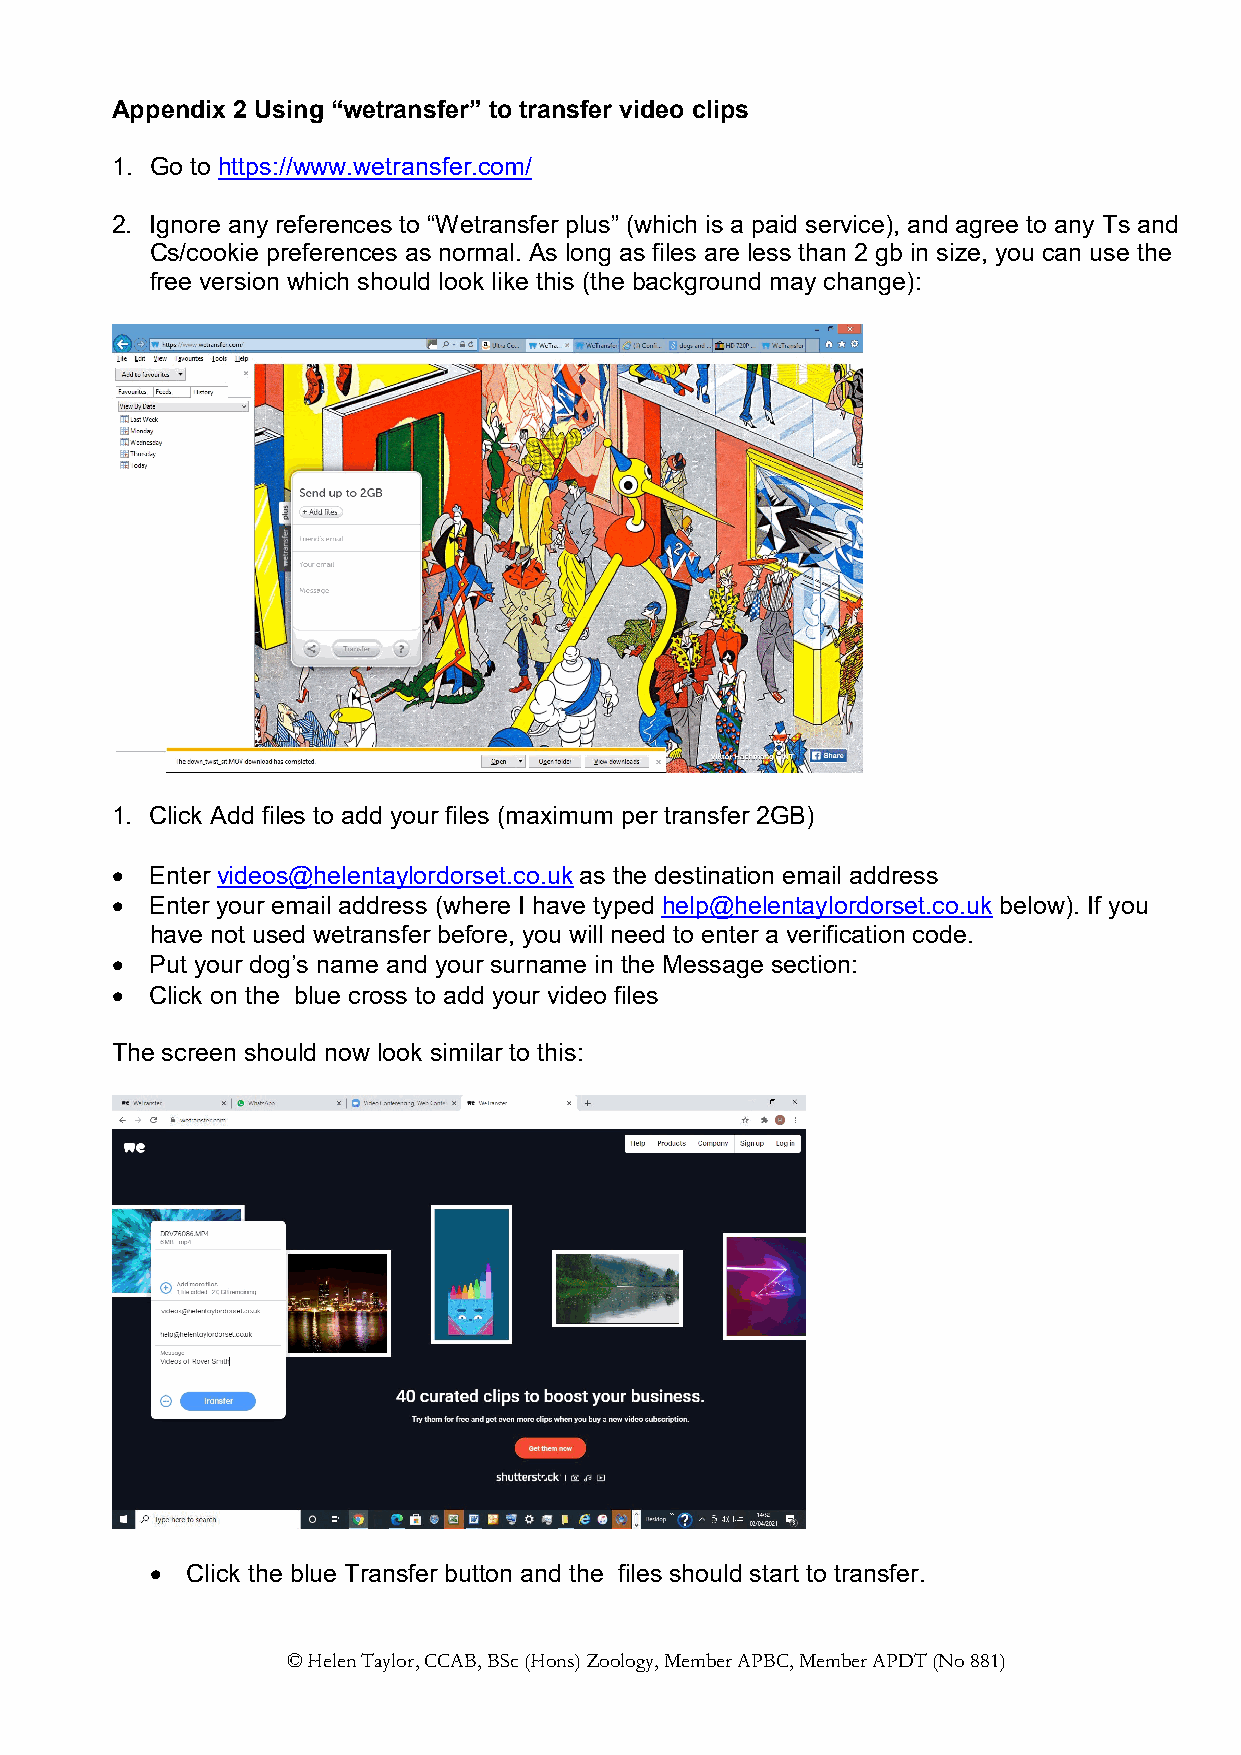
Appendix 2 Using “wetransfer” to transfer video clips
 1. Go to https://www.wetransfer.com/
 2. Ignore any references to “Wetransfer plus” (which is a paid service), and agree to any Ts and
 Cs/cookie preferences as normal. As long as files are less than 2 gb in size, you can use the
 free version which should look like this (the background may change):
 1. Click Add files to add your files (maximum per transfer 2GB)
   Enter videos@helentaylordorset.co.uk as the destination email address
   Enter your email address (where I have typed help@helentaylordorset.co.uk below). If you
 have not used wetransfer before, you will need to enter a verification code.
   Put your dog’s name and your surname in the Message section:
   Click on the blue cross to add your video files
 The screen should now look similar to this:
  Click the blue Transfer button and the files should start to transfer.
 © Helen Taylor, CCAB, BSc (Hons) Zoology, Member APBC, Member APDT (No 881)